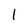
Character: I